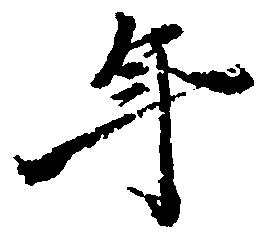
年